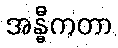
အန္ဓီကတာ